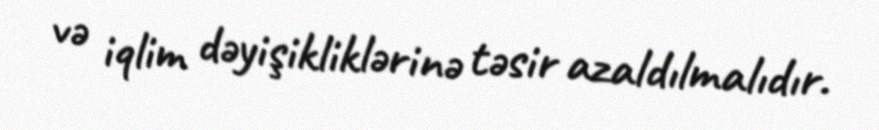
və iqlim dəyişikliklərinə təsir azaldılmalıdır.